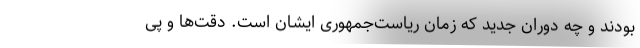
بودند و چه دوران جدید که زمان ریاست‌جمهوری ایشان است. دقت‌ها و پی